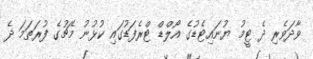
ވާދަވެރި ދެ ޓީމު ޔުނައިޓެޑުގެ އޯލްޑް ޓްރެފަޑުގައި ކުޅުނު މެޗުގެ ފުރަތަމަ ދެ